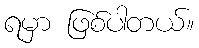
ရမှာ ဖြစ်ပါတယ်။